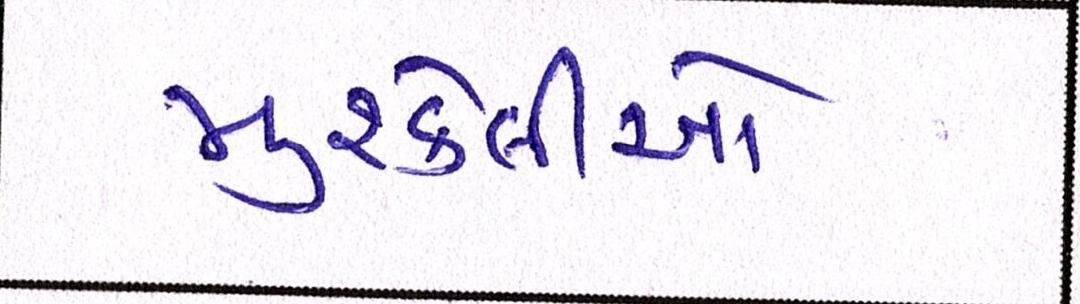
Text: મુશ્કેલીઓ